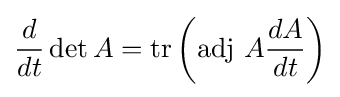
{\frac {d}{dt}}\det A=\mathrm {tr} \left(\mathrm {adj} \ A{\frac {dA}{dt}}\right)